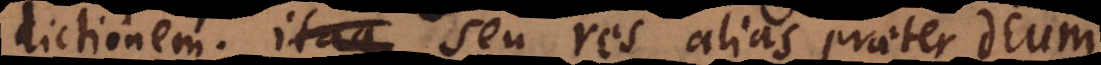
dictionem. Itaque Seu res alias praeter Deum